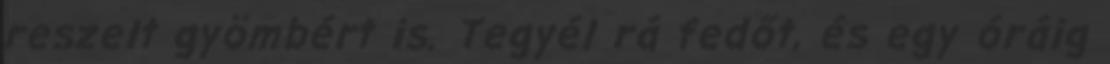
reszelt gyömbért is. Tegyél rá fedőt, és egy óráig